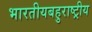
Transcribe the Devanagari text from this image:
भारतीयबहुराष्ट्रीय